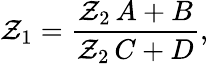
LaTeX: \mathcal{Z}_{1}=\frac{{\mathcal{Z}_{2}\, A+B}}{{\mathcal{Z}_{2}\, C+D}},